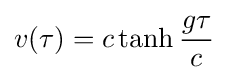
v(\tau )=c\tanh {\frac {g\tau }{c}}